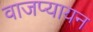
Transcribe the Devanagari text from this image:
वाजप्यायन